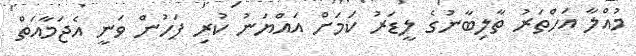
މުއްލާ އަހްތަރު ތާލިބާނުގެ ލީޑަރު ކަމަށް އައްޔަނު ކުރި ފަހުން ވަނީ އެޖަމާއަތް